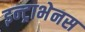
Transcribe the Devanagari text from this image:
इन्ट्राभेनस